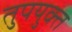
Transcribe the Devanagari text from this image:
तुपयुक्त